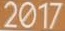
2017